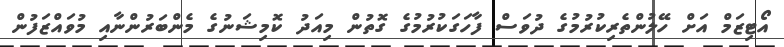
އޯޓިޒަމް އަށް ހޭލުންތެރިކުރުމުގެ ދުވަސް ފާހަގަކުރުމުގެ ގޮތުން މިއަދު ކޮމިޝަނުގެ މެންބަރުންނާއި މުވައްޒަފުން